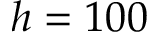
h = 1 0 0